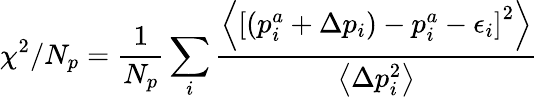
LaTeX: \chi^{2}/N_{p}=\frac{1}{N_{p}}\sum_{i}\frac{\left\langle\left[\left(p_{i}^{a}+\Delta p_{i}\right)-p_{i}^{a}-\epsilon_{i}\right]^{2}\right\rangle}{\left\langle\Delta p_{i}^{2}\right\rangle}